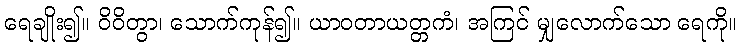
ရေချိုး၍။ ဝိဝိတွာ၊ သောက်ကုန်၍။ ယာဝတာယတ္တကံ၊ အကြင် မျှလောက်သော ရေကို။